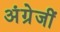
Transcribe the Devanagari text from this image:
अंग्रेजीं